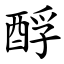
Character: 酻